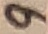
Text: 9